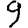
Digit: 9